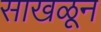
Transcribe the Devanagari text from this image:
साखळून